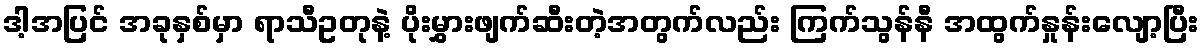
ဒါ့အပြင် အခုနှစ်မှာ ရာသီဥတုနဲ့ ပိုးမွှားဖျက်ဆီးတဲ့အတွက်လည်း ကြက်သွန်နီ အထွက်နှုန်းလျော့ပြီး